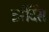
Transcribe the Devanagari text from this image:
इर्रदिंस